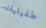
طفيليات